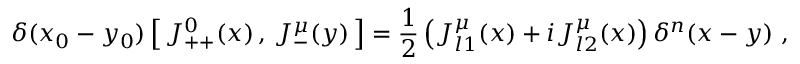
\delta ( x _ { 0 } - y _ { 0 } ) \left[ \, J _ { + + } ^ { 0 } ( x ) \, , \, J _ { - } ^ { \mu } ( y ) \, \right] = \frac { 1 } { 2 } \left( J _ { l 1 } ^ { \mu } ( x ) + i J _ { l 2 } ^ { \mu } ( x ) \right) \delta ^ { n } ( x - y ) \ ,